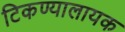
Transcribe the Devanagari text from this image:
टिकण्यालायक